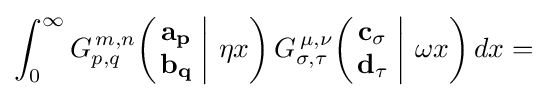
\int _{0}^{\infty }G_{p,q}^{\,m,n}\!\left(\left.{\begin{matrix}\mathbf {a_{p}} \\\mathbf {b_{q}} \end{matrix}}\;\right|\,\eta x\right)G_{\sigma ,\tau }^{\,\mu ,\nu }\!\left(\left.{\begin{matrix}\mathbf {c_{\sigma }} \\\mathbf {d_{\tau }} \end{matrix}}\;\right|\,\omega x\right)dx=